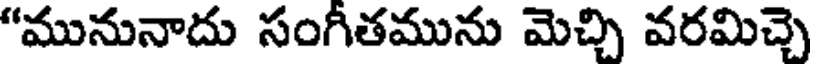
"మునునాదు సంగీతమును మెచ్చి వరమిచ్చె